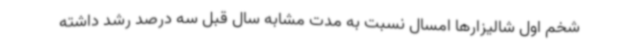
شخم اول شالیزارها امسال نسبت به مدت مشابه سال قبل سه درصد رشد داشته